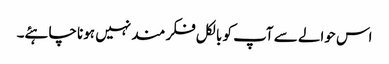
اس حوالے سے آپ کو بالکل فکر مند نہیں ہونا چاہئے۔